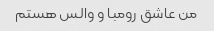
من عاشق رومبا و والس هستم